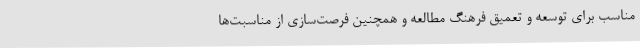
مناسب برای توسعه و تعمیق فرهنگ مطالعه و همچنین فرصت‌سازی از مناسبت‌ها